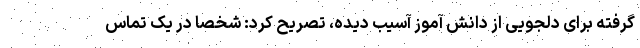
گرفته برای دلجویی از دانش آموز آسیب دیده، تصریح کرد: شخصا در یک تماس